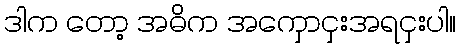
ဒါက တော့ အဓိက အကှောငှးအရငှးပါ။